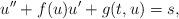
LaTeX: \begin{align*}u''+f(u)u'+g(t,u)=s,\end{align*}